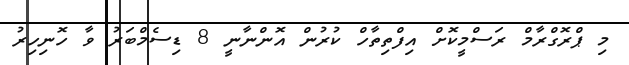
މި ޕްރޮގްރާމް ރަސްމީކޮށް އިފްތިތާހް ކުރުން އޮންނާނީ 8 ޑިސެމްބަރު ވާ ހޮނިހިރު